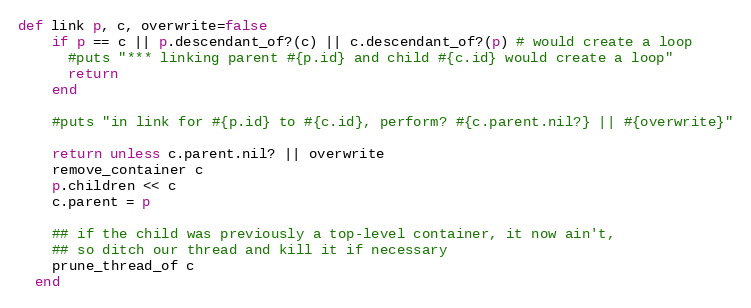
Language: Ruby
def link p, c, overwrite=false
    if p == c || p.descendant_of?(c) || c.descendant_of?(p) # would create a loop
      #puts "*** linking parent #{p.id} and child #{c.id} would create a loop"
      return
    end

    #puts "in link for #{p.id} to #{c.id}, perform? #{c.parent.nil?} || #{overwrite}"

    return unless c.parent.nil? || overwrite
    remove_container c
    p.children << c
    c.parent = p

    ## if the child was previously a top-level container, it now ain't,
    ## so ditch our thread and kill it if necessary
    prune_thread_of c
  end